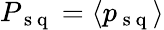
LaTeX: P_{\mathrm{~s~q~}}=\langle p_{\mathrm{~s~q~}}\rangle